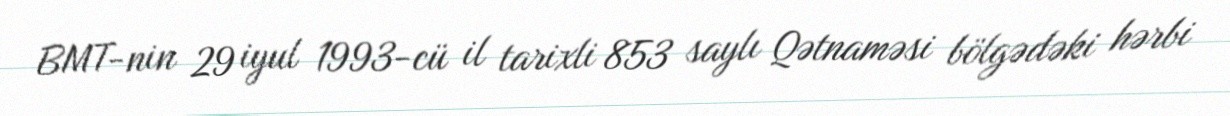
BMT-nin 29 iyul 1993-cü il tarixli 853 saylı Qətnaməsi bölgədəki hərbi